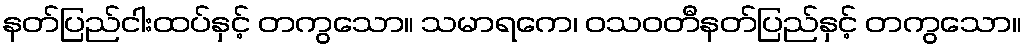
နတ်ပြည်ငါးထပ်နှင့် တကွသော။ သမာရကေ၊ ဝသဝတီနတ်ပြည်နှင့် တကွသော။